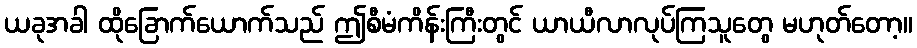
ယခုအခါ ထိုခြောက်ယောက်သည် ဤစီမံကိန်းကြီးတွင် ယာယီလာလုပ်ကြသူတွေ မဟုတ်တော့။